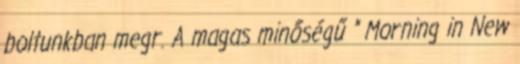
boltunkban megr. A magas minőségű " Morning in New